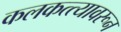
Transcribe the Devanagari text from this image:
कलकत्त्यावरून